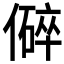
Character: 𪝬